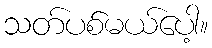
သတ်ပစ်မယ်ပေါ့။